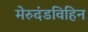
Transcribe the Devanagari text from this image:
मेरुदंडविहिन